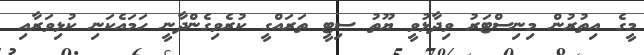
މީގެ އިތުރުން މިނިސްޓަރު ވިދާޅުވީ ޔޫތު ސިޓީ ތަރައްގީ ކުރެވިގެންދާނީ ހަމައެކަނި ކުޅިވަރާއި